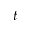
t